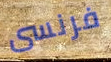
فرنسى